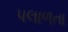
પલાળતા